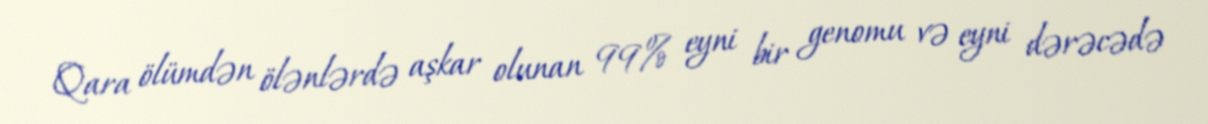
Qara ölümdən ölənlərdə aşkar olunan 99% eyni bir genomu və eyni dərəcədə